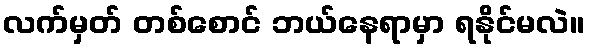
လက်မှတ် တစ်စောင် ဘယ်နေရာမှာ ရနိုင်မလဲ။